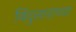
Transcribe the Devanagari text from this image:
बिंदुसाराच्या